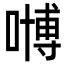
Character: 𠽢